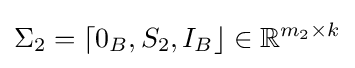
\Sigma _{2}=\lceil 0_{B},S_{2},I_{B}\rfloor \in \mathbb {R} ^{m_{2}\times k}